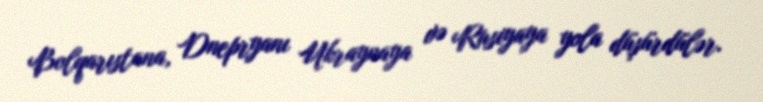
Bolqarıstana, Dnepryanı Ukraynaya və Rusiyaya yola düşürdülər.